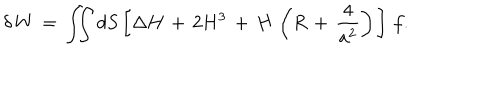
\delta \, W \, = \, \int \! \! \! \int d S \left[ \Delta H \, + \, 2 H ^ { 3 } \, + \, H \, \left( R \, + \, \frac { 4 } { a ^ { 2 } } \right) \, \right] \, f .